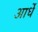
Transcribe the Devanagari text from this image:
आर्धे